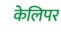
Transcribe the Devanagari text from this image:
केलिपर